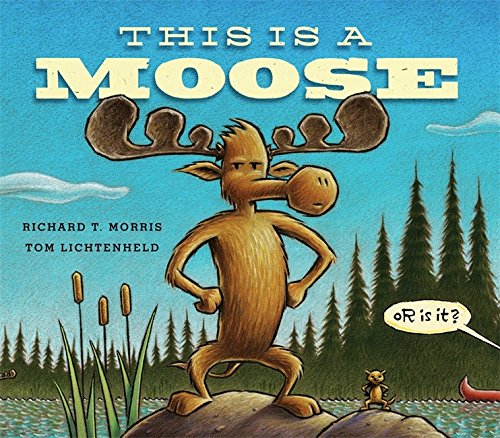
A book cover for This Is a Moose; Richard T. Morris; Humor & Entertainment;